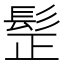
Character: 𩬧